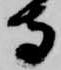
守